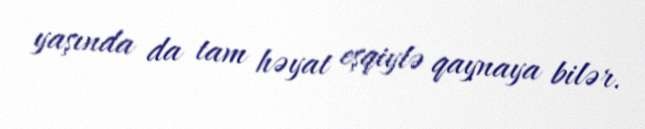
yaşında da tam həyat eşqiylə qaynaya bilər.